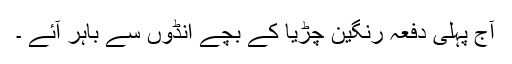
آج پہلی دفعہ رنگین چڑیا کے بچے انڈوں سے باہر آئے ۔